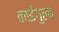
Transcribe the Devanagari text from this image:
काईगुला